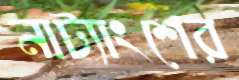
নাট্যাংশের